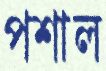
পশাল